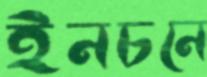
ইনচনে